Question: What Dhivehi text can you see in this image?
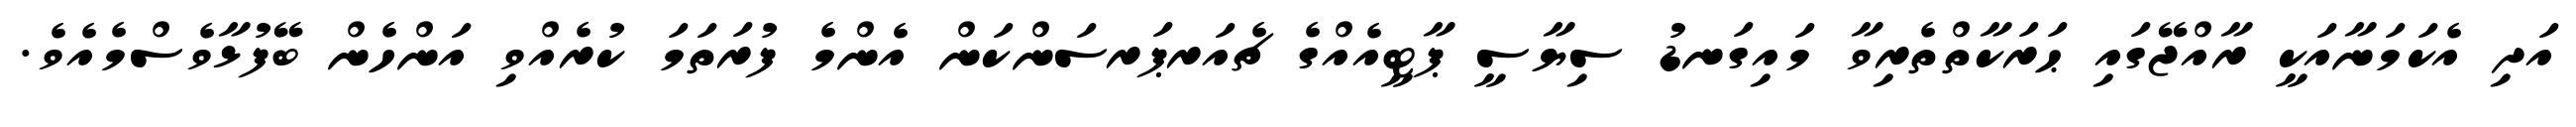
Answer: އަދި އެކަމަނާއަކީ ރާއްޖޭގައި ޙަރަކާތްތެރިވާ މައިގަނޑު ސިޔާސީ ޕާޓީއެއްގެ ޗެއަރޕަރސަންކަން އެންމެ ފުރަތަމަ ކުރެއްވި އަންހެން ބޭފުޅާވެސްމެއެވެ.